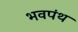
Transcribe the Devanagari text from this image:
भवपंथ